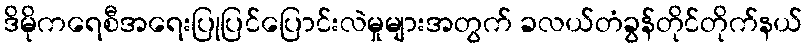
ဒိမိုကရေစီအရေးပြုပြင်ပြောင်းလဲမှုများအတွက် ခလယ်တံခွန်တိုင်တိုက်နယ်